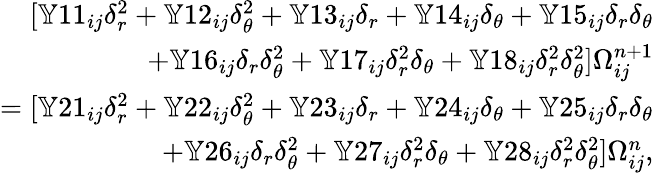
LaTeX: \begin{array}{r}{[\mathbb{Y}11_{ij}\delta_{r}^{2}+\mathbb{Y}12_{ij}\delta_{\theta}^{2}+\mathbb{Y}13_{ij}\delta_{r}+\mathbb{Y}14_{ij}\delta_{\theta}+\mathbb{Y}15_{ij}\delta_{r}\delta_{\theta}}\\ {+\mathbb{Y}16_{ij}\delta_{r}\delta_{\theta}^{2}+\mathbb{Y}17_{ij}\delta_{r}^{2}\delta_{\theta}+\mathbb{Y}18_{ij}\delta_{r}^{2}\delta_{\theta}^{2}]\Omega_{ij}^{n+1}}\\ {=[\mathbb{Y}21_{ij}\delta_{r}^{2}+\mathbb{Y}22_{ij}\delta_{\theta}^{2}+\mathbb{Y}23_{ij}\delta_{r}+\mathbb{Y}24_{ij}\delta_{\theta}+\mathbb{Y}25_{ij}\delta_{r}\delta_{\theta}}\\ {+\mathbb{Y}26_{ij}\delta_{r}\delta_{\theta}^{2}+\mathbb{Y}27_{ij}\delta_{r}^{2}\delta_{\theta}+\mathbb{Y}28_{ij}\delta_{r}^{2}\delta_{\theta}^{2}]\Omega_{ij}^{n},}\end{array}